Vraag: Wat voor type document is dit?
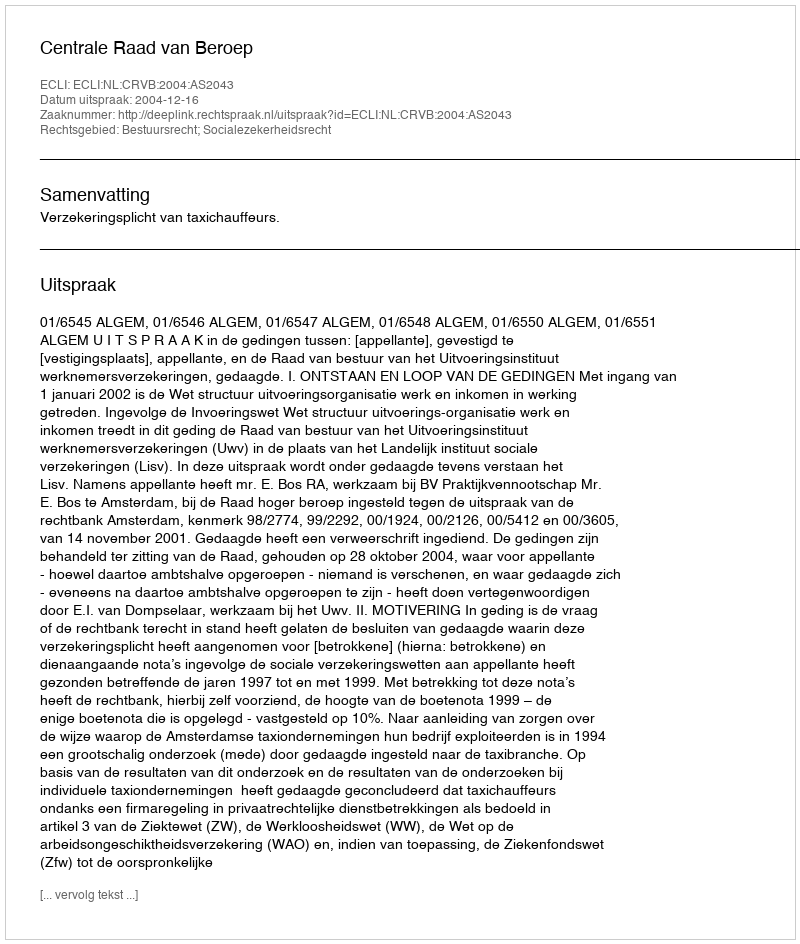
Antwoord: Uitspraak